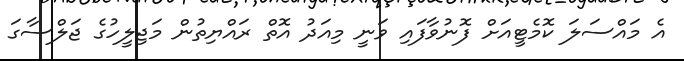
އެ މައްސަލަ ކޮމެޓީއަށް ފޮނުވާފައި ވަނީ މިއަދު އޮތް ރައްޔިތުން މަޖިލީހުގެ ޖަލްސާގަ